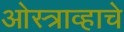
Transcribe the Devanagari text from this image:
ओस्त्राव्हाचे